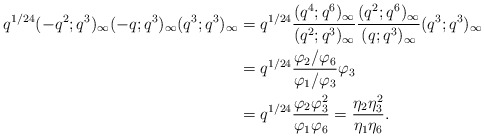
\begin{align*} q^{1/24}(-q^2;q^3)_\infty(-q;q^3)_\infty(q^3;q^3)_\infty &= q^{1/24}\frac{(q^4;q^6)_\infty}{(q^2;q^3)_\infty}\frac{(q^2;q^6)_\infty}{(q;q^3)_\infty}(q^3;q^3)_\infty\\ &= q^{1/24}\frac{\varphi_2/\varphi_6}{\varphi_1/\varphi_3}\varphi_3\\ &= q^{1/24}\frac{\varphi_2\varphi_3^2}{\varphi_1\varphi_6} = \frac{\eta_2\eta_3^2}{\eta_1\eta_6}.\end{align*}